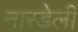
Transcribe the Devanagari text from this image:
नारडेली